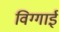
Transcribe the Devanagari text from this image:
विग्गाई